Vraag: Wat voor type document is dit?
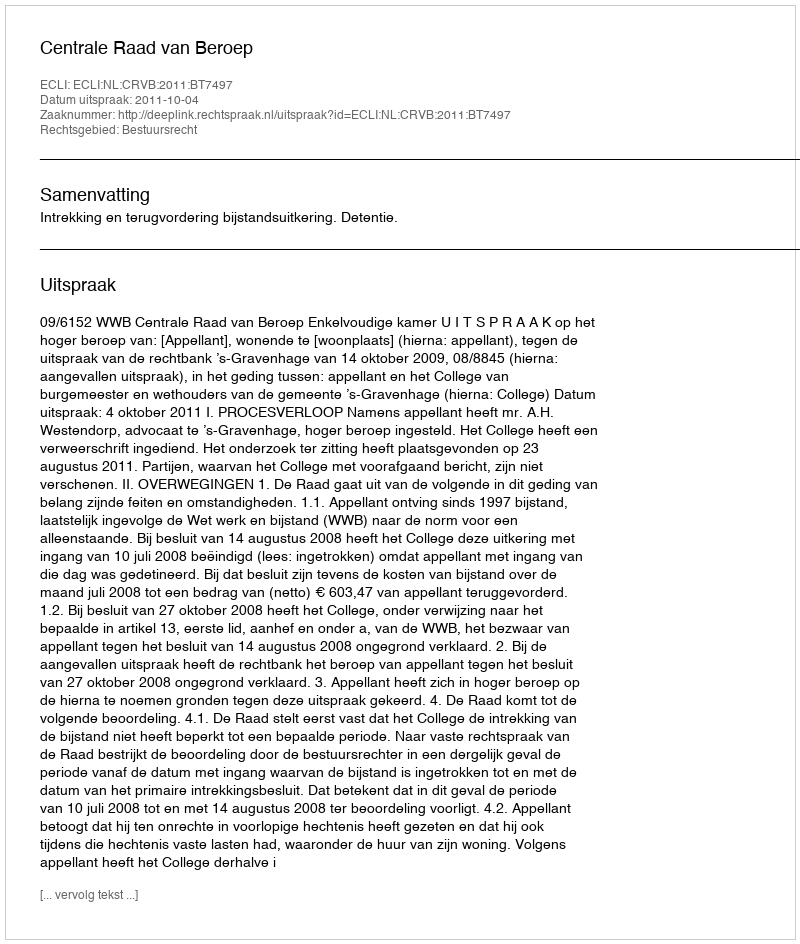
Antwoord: Uitspraak